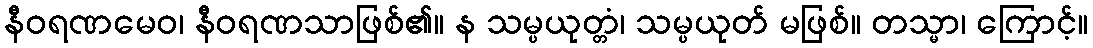
နီဝရဏမေဝ၊ နီဝရဏသာဖြစ်၏။ န သမ္ပယုတ္တံ၊ သမ္ပယုတ် မဖြစ်။ တသ္မာ၊ ကြောင့်။